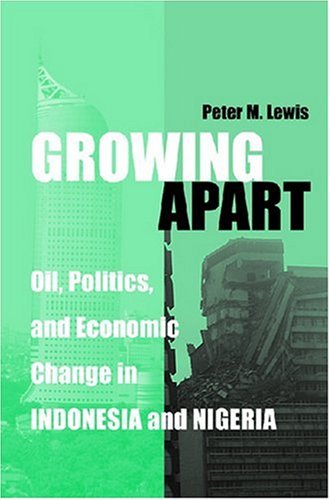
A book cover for Growing Apart: Oil, Politics, and Economic Change in Indonesia and Nigeria (Interests, Identities, and Institutions in Comparative Politics); Peter Lewis; History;